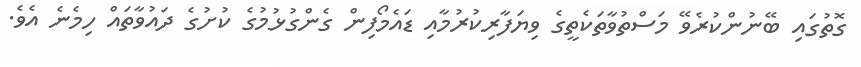
ގޮތުގައި ބޭނުންކުރެވޭ މަސްތުވާތަކެތީގެ ވިޔަފާރިކުރުމާއި ޑައެމޯފިން ގެންގުޅުމުގެ ކުށުގެ ދައުވާތައް ހިމެނެ އެވެ.